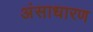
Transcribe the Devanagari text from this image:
अंसाधारण